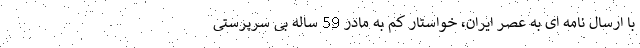
با ارسال نامه ای به عصر ایران، خواستار کم به مادر 59 ساله بی سرپرستی